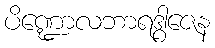
ပိဏ္ဍောလဘာရဒွါဇေန